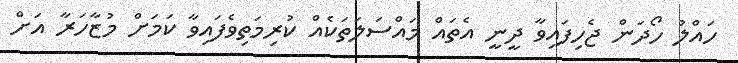
ހައްލު ހޯދަން ޖެހިފައިވާ ދީނީ އެތައް މައްސަލަތަކެއް ކުރިމަތިވެފައިވާ ކަމަށް މުޒާހަރާ އަށް